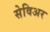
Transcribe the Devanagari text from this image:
सेविअर